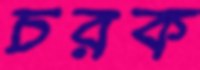
চরক